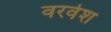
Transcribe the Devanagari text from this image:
वरवेश